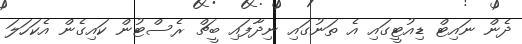
ދެން ނައިޓް ޑިއުޓީގައި އެ ތަނުގައި ނިދާފައި ބީޗް ރެސްޓުން ކައިގެން އެކަހަލަ